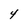
Character: 4